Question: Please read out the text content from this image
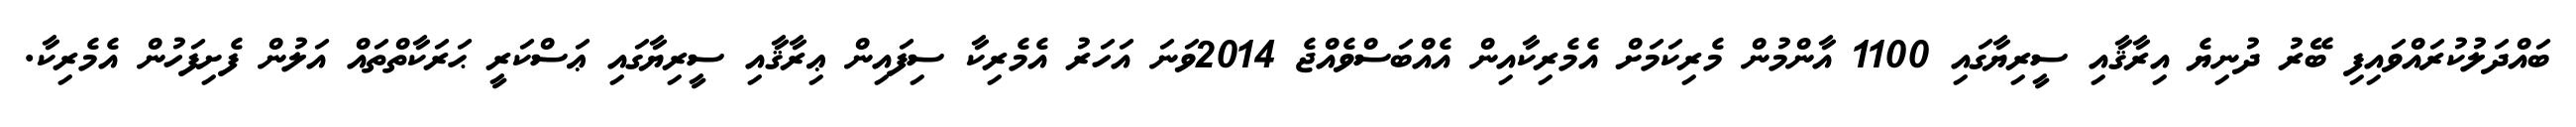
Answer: ބައްދަލުކުރައްވައިފި ބޭރު ދުނިޔެ އިރާޤާއި ސީރިޔާގައި 1100 އާންމުން މެރިކަމަށް އެމެރިކާއިން އެއްބަސްވެއްޖެ 2014ވަނަ އަހަރު އެމެރިކާ ސިފައިން ޢިރާޤާއި ސީރިޔާގައި ޢަސްކަރީ ޙަރަކާތްތައް އަލުން ފެށިފަހުން އެމެރިކާ.